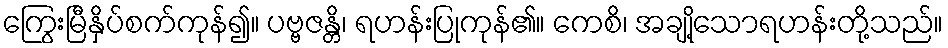
ကြွေးမြီနှိပ်စက်ကုန်၍။ ပဗ္ဗဇန္တိ၊ ရဟန်းပြုကုန်၏။ ကေစိ၊ အချို့သောရဟန်းတို့သည်။